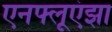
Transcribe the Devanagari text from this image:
एनफ्लूएंझा